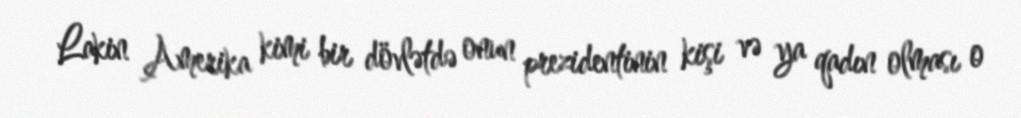
Lakin Amerika kimi bir dövlətdə onun prezidentinin kişi və ya qadın olması o